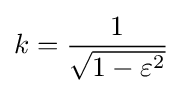
k={\frac {1}{\sqrt {1-\varepsilon ^{2}}}}